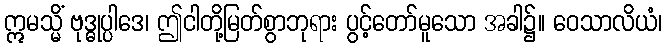
ဣမသ္မိံ ဗုဒ္ဓုပ္ပါဒေ၊ ဤငါတို့မြတ်စွာဘုရား ပွင့်တော်မူသော အခါ၌။ ဝေသာလိယံ၊